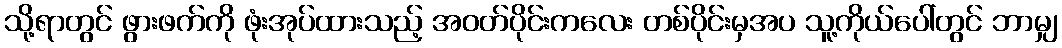
သို့ရာတွင် ဖွားဖက်ကို ဖုံးအုပ်ထားသည့် အဝတ်ပိုင်းကလေး တစ်ပိုင်းမှအပ သူ့ကိုယ်ပေါ်တွင် ဘာမျှ